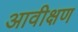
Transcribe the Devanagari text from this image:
आवीक्षण